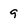
Character: 9